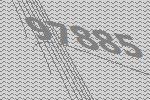
97885